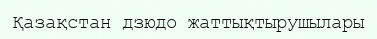
Қазақстан дзюдо жаттықтырушылары